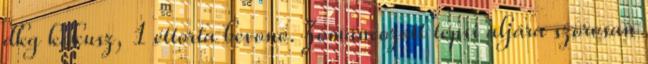
dkg kókusz, 1 éttorta bevonó. Zománcozott tepsi aljára szorosan